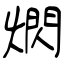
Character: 熌